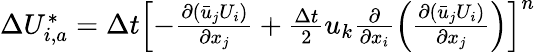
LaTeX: \begin{array}{r}{\Delta U_{i,a}^{*}=\Delta t{{\left[-\frac{\partial\left({{{\bar{u}}}_{j}}{{U}_{i}}\right)}{\partial{{x}_{j}}}+\frac{\Delta t}{2}{{u}_{k}}\frac{\partial}{\partial{{x}_{i}}}\left(\frac{\partial\left({{{\bar{u}}}_{j}}{{U}_{i}}\right)}{\partial{{x}_{j}}}\right)\right]}^{n}}}\end{array}